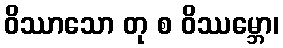
ဝိဿာသော တု စ ဝိဿမ္ဘော၊